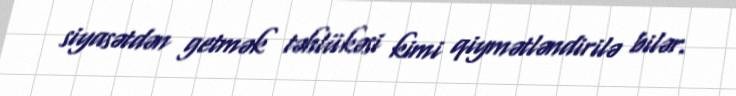
siyasətdən getmək təhlükəsi kimi qiymətləndirilə bilər.